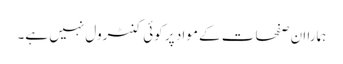
ہمارا ان صفحات کے مواد پر کوئی کنٹرول نہیں ہے۔